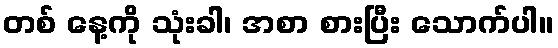
တစ် နေ့ကို သုံးခါ၊ အစာ စားပြီး သောက်ပါ။